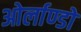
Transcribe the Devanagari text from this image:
ओर्लाण्डो